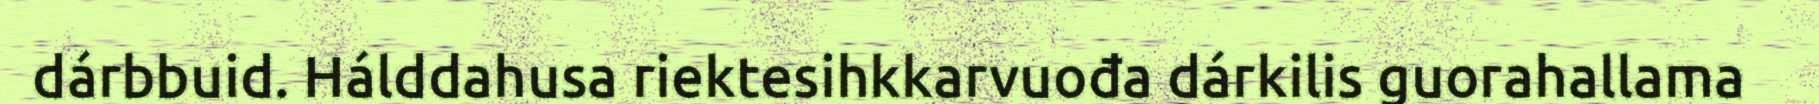
dárbbuid. Hálddahusa riektesihkkarvuođa dárkilis guorahallama